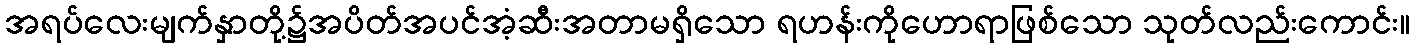
အရပ်လေးမျက်နှာတို့၌အပိတ်အပင်အံ့ဆီးအတာမရှိသော ရဟန်းကိုဟောရာဖြစ်သော သုတ်လည်းကောင်း။